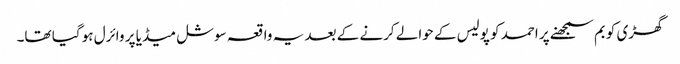
گھڑی کو بم سمجھنے پر احمد کو پولیس کے حوالے کرنے کے بعد یہ واقعہ سوشل میڈیا پر وائرل ہو گیا تھا۔